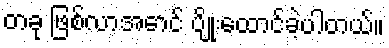
တခု ဖြစ်လာအောင် ပျိုးထောင်ခဲ့ပါတယ်။